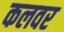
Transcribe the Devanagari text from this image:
कलवर